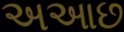
અઆછ